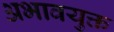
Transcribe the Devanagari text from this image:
अभावयुक्त